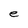
Character: e